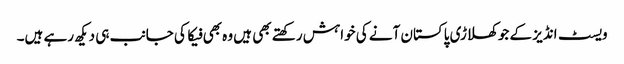
ویسٹ انڈیز کے جو کھلاڑی پاکستان آنے کی خواہش رکھتے بھی ہیں وہ بھی فیکا کی جانب ہی دیکھ رہے ہیں۔